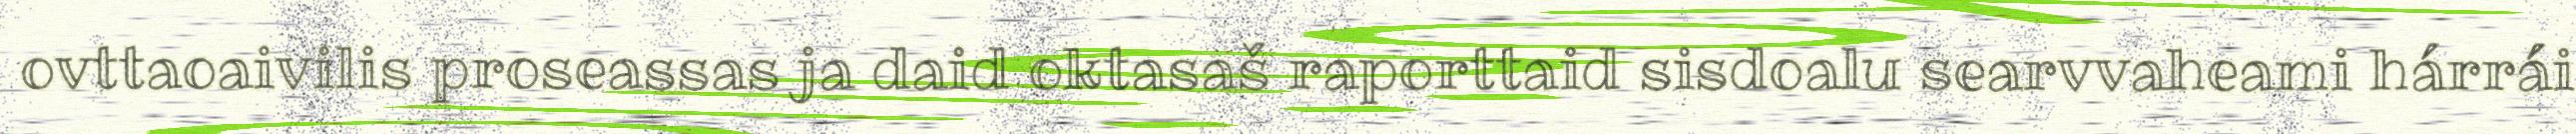
ovttaoaivilis proseassas ja daid oktasaš raporttaid sisdoalu searvvaheami hárrái